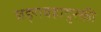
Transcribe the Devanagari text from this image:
जङ्गबहादुरकी